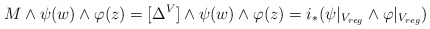
\begin{align*}M\wedge\psi(w)\wedge\varphi(z)=[\Delta^V]\wedge\psi(w)\wedge\varphi(z)=i_*(\psi|_{V_{reg}}\wedge\varphi|_{V_{reg}})\end{align*}